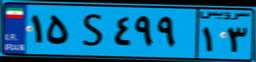
۱۵S۴۹۹۱۳